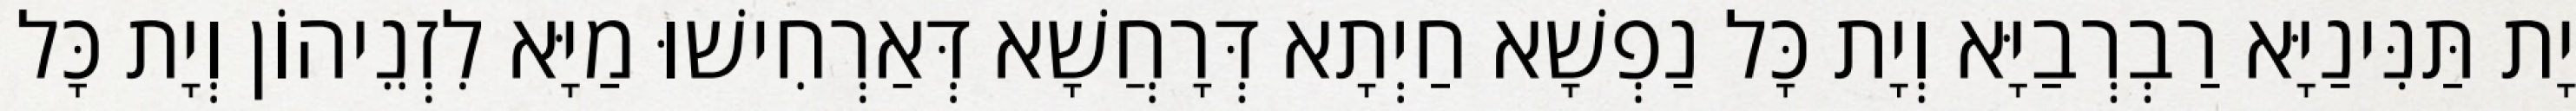
יָת תַּנִּינַיָּא רַבְרְבַיָּא וְיָת כָּל נַפְשָׁא חַיְתָא דְּרָחֲשָׁא דְּאַרְחִישׁוּ מַיָּא לִזְנֵיהוֹן וְיָת כָּל